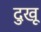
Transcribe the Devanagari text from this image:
दुखू